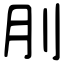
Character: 刖